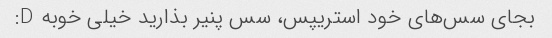
بجای سس‌های خود استریپس، سس پنیر بذارید خیلی خوبه D: